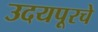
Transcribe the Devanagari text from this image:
उदयपूरचे